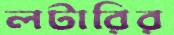
লটারির